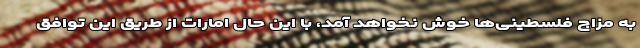
به مزاج فلسطینی‌ها خوش نخواهد آمد، با این حال امارات از طریق این توافق